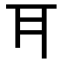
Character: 𭺪